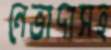
নেভাদাসহ